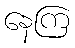
နေကြ